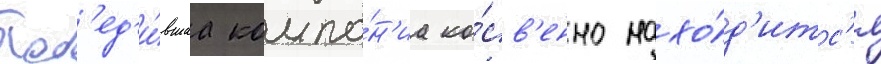
Поб'ед'и́вшаа компа́н'иа ко́св'енно нахо́д'итс'я